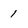
Character: 1